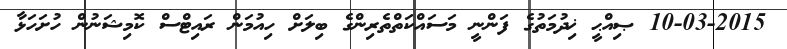
10-03-2015 ޞިއްޙީ ޚިދުމަތުގެ ފަންނީ މަސައްކަތްތެރިންގެ ބިލަށް ހިއުމަން ރައިޓްސް ކޮމިޝަނުން ހުށަހަޅާ